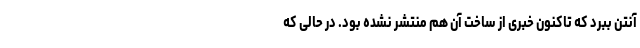
آنتن ببرد که تاکنون خبری از ساخت آن هم منتشر نشده بود. در حالی که